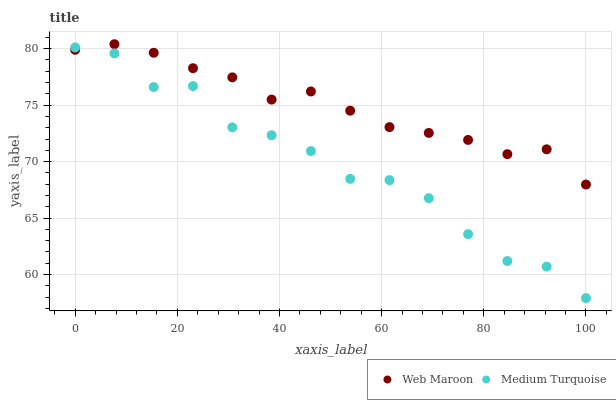
| xaxis_label | Web Maroon | Medium Turquoise |
 | --- | --- | --- |
 | 0 | 79.9 | 80.1 |
 | 7.69 | 80.4 | 79.6 |
 | 15.4 | 79.6 | 76.6 |
 | 23.1 | 78.3 | 76.7 |
 | 30.8 | 77.5 | 73 |
 | 38.5 | 75.5 | 72.3 |
 | 46.2 | 76.2 | 70.9 |
 | 53.8 | 74.5 | 68.5 |
 | 61.5 | 73.1 | 68.4 |
 | 69.2 | 72.5 | 66.8 |
 | 76.9 | 71.9 | 63.6 |
 | 84.6 | 70.7 | 61.2 |
 | 92.3 | 71.1 | 60.7 |
 | 100 | 68 | 57.9 |